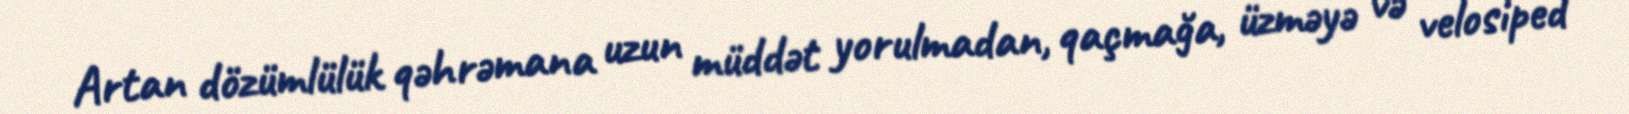
Artan dözümlülük qəhrəmana uzun müddət yorulmadan, qaçmağa, üzməyə və velosiped